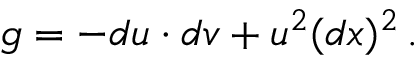
g = - d u \cdot d v + u ^ { 2 } ( d x ) ^ { 2 } \, .